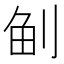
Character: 𠜪